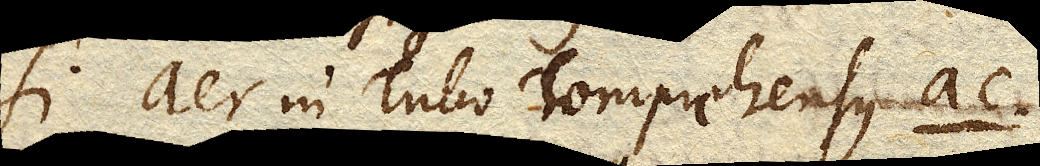
Si aer in Tubo comprehensus ac